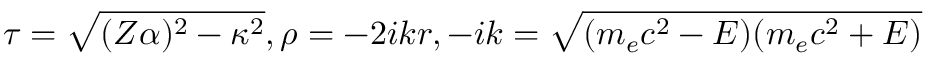
\tau = \sqrt { ( Z \alpha ) ^ { 2 } - \kappa ^ { 2 } } , \rho = - 2 i k r , - i k = \sqrt { ( m _ { e } c ^ { 2 } - E ) ( m _ { e } c ^ { 2 } + E ) }